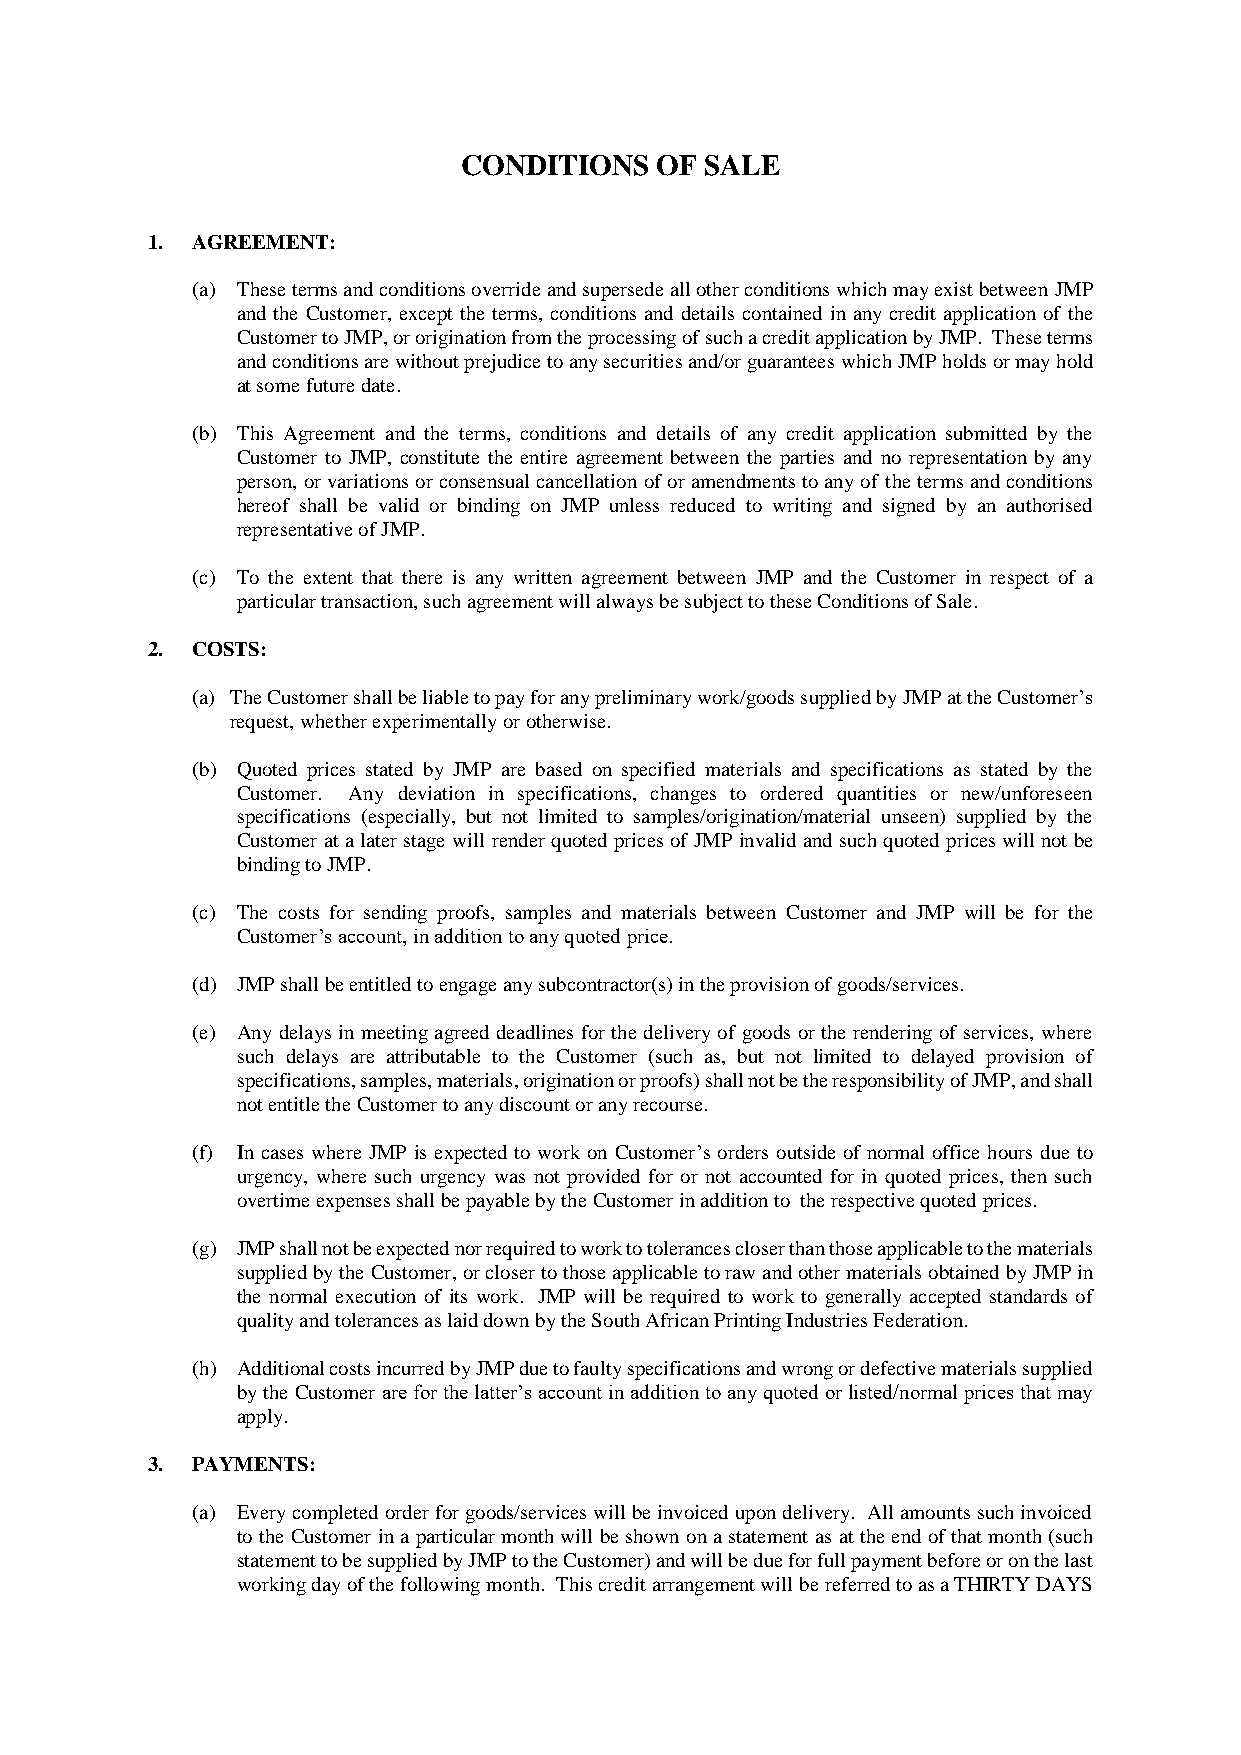
CONDITIONS   OF  SALE
 1. AGREEMENT:
 (a) These terms and conditions override and supersede all other conditions which may exist between JMP
 and the Customer, except the terms, conditions and details contained in any credit application of the
 Customer to JMP, or origination from the processing of such a credit application by JMP. These terms
 and conditions are without prejudice to any securities and/or guarantees which JMP holds or may hold
 at some future date.
 (b) This Agreement and the terms, conditions and details of any credit application submitted by the
 Customer to JMP, constitute the entire agreement between the parties and no representation by any
 person, or variations or consensual cancellation of or amendments to any of the terms and conditions
 hereof shall be valid or binding on JMP unless reduced to writing and signed by an authorised
 representative of JMP.
 (c) To the extent that there is any written agreement between JMP and the Customer in respect of a
 particular transaction, such agreement will always be subject to these Conditions of Sale.
 2. COSTS:
 (a) The Customer shall be liable to pay for any preliminary work/goods supplied by JMP at the Customer’s
 request, whether experimentally or otherwise.
 (b) Quoted prices stated by JMP are based on specified materials and specifications as stated by the
 Customer. Any deviation in specifications, changes to ordered quantities or new/unforeseen
 specifications (especially, but not limited to samples/origination/material unseen) supplied by the
 Customer at a later stage will render quoted prices of JMP invalid and such quoted prices will not be
 binding to JMP.
 (c) The costs for sending proofs, samples and materials between Customer and JMP will be for the
 Customer’s account, in addition to any quoted price.
 (d) JMP shall be entitled to engage any subcontractor(s) in the provision of goods/services.
 (e) Any delays in meeting agreed deadlines for the delivery of goods or the rendering of services, where
 such delays are attributable to the Customer (such as, but not limited to delayed provision of
 specifications, samples, materials, origination or proofs) shall not be the responsibility of JMP, and shall
 not entitle the Customer to any discount or any recourse.
 (f) In cases where JMP is expected to work on Customer’s orders outside of normal office hours due to
 urgency, where such urgency was not provided for or not accounted for in quoted prices, then such
 overtime expenses shall be payable by the Customer in addition to the respective quoted prices.
 (g) JMP shall not be expected nor required to work to tolerances closer than those applicable to the materials
 supplied by the Customer, or closer to those applicable to raw and other materials obtained by JMP in
 the normal execution of its work. JMP will be required to work to generally accepted standards of
 quality and tolerances as laid down by the South African Printing Industries Federation.
 (h) Additional costs incurred by JMP due to faulty specifications and wrong or defective materials supplied
 by the Customer are for the latter’s account in addition to any quoted or listed/normal prices that may
 apply.
 3. PAYMENTS:
 (a) Every completed order for goods/services will be invoiced upon delivery. All amounts such invoiced
 to the Customer in a particular month will be shown on a statement as at the end of that month (such
 statement to be supplied by JMP to the Customer) and will be due for full payment before or on the last
 working day of the following month. This credit arrangement will be referred to as a THIRTY DAYS